Annual administration report of the Civil Veterinary Department of India - 1896-1897
Year: 1896
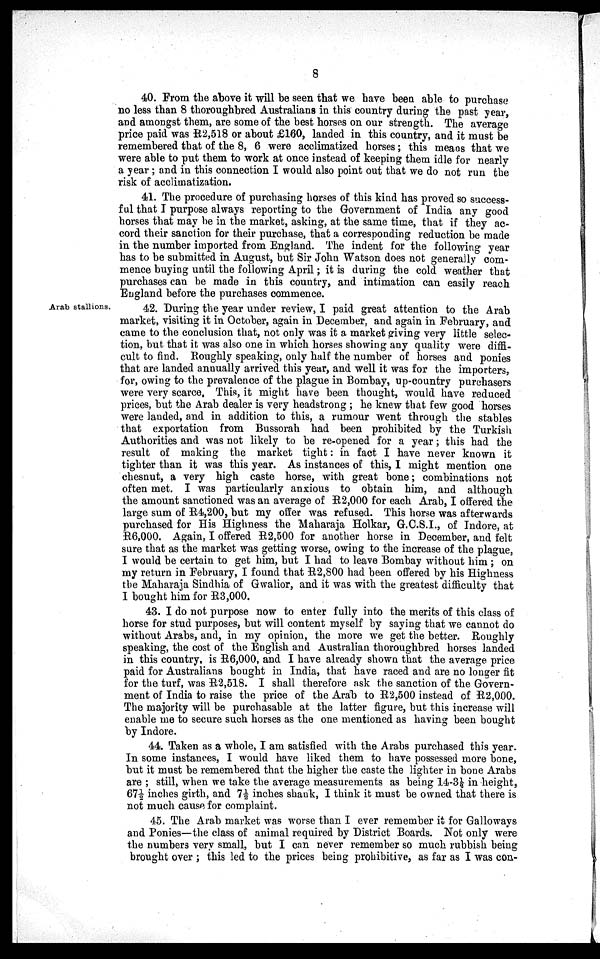
8
40. From the above it will be seen that we have been able to purchase
no less than 8 thoroughbred Australians in this country during the past year,
and amongst them, are some of the best horses on our strength. The average
price paid was R2,5l8 or about £160, landed in this country, and it must be
remembered that of the 8, 6 were acclimatized horses; this means that we
were able to put them to work at once instead of keeping them idle for nearly
a year; and in this connection I would also point out that we do not run the
risk of acclimatization.
41. The procedure of purchasing horses of this kind has proved so success-
ful that I purpose always reporting to the Government of India any good
horses that may be in the market, asking, at the same time, that if they ac-
cord their sanction for their purchase, that a corresponding reduction be made
in the number imported from England. The indent for the following year
has to be submitted in August, but Sir John Watson does not generally com-
mence buying until the following April; it is during the cold weather that
purchases can be made in this country, and intimation can easily reach
England before the purchases commence.
Arab stallions.
42. During the year under review, I paid great attention to the Arab
market, visiting it in October, again in December, and again in February, and
came to the conclusion that, not only was it a market giving very little selec-
tion, but that it was also one in which horses showing any quality were diffi-
cult to find. Roughly speaking, only half the number of horses and ponies
that are landed annually arrived this year, and well it was for the importers,
for, owing to the prevalence of the plague in Bombay, up-country purchasers
were very scarce, This, it might have been thought, would have reduced
prices, but the Arab dealer is very headstrong; he knew that few good horses
were landed, and in addition to this, a rumour went through the stables
that exportation from Bussorah had been prohibited by the Turkish
Authorities and was not likely to be re-opened for a year; this had the
result of making the market tight: in fact I have never known it
tighter than it was this year. As instances of this, I might mention one
chesnut, a very high caste horse, with great bone; combinations not
often met. I was particularly anxious to obtain him, and although
the amount sanctioned was an average of R2,000 for each Arab, I offered the
large sum of R4,200, but my offer was refused. This horse was afterwards
purchased for His Highness the Maharaja Holkar, G.C.S.I., of Indore, at
R6,000. Again, I offered R2,500 for another horse in December, and felt
sure that as the market was getting worse, owing to the increase of the plague,
I would be certain to get him, but I had to leave Bombay without him; on
my return in February, I found that R2,800 had been offered by his Highness
the Maharaja Sindhia of Gwalior, and it was with the greatest difficulty that
I bought him for R3,000.
43. I do not purpose now to enter fully into the merits of this class of
horse for stud purposes, but will content myself by saying that we cannot do
without Arabs, and, in my opinion, the more we get the better. Roughly
speaking, the cost of the English and Australian thoroughbred horses landed
in this country, is R6,000, and I have already shown that the average price
paid for Australians bought in India, that have raced and are no longer fit
for the turf, was R2,518. I shall therefore ask the sanction of the Govern-
ment of India to raise the price of the Arab to R2,500 instead of R2,000.
The majority will be purchasable at the latter figure, but this increase will
enable me to secure such horses as the one mentioned as having been bought
by Indore.
44. Taken as a whole, I am satisfied with the Arabs purchased this year.
In some instances, I would have liked them to have possessed more bone,
but it must be remembered that the higher the caste the lighter in bone Arabs
are; still, when we take the average measurements as being 14-3½ in height,
67½ inches girth, and 7½ inches shank, I think it must be owned that there is
not much cause for complaint.
45. The Arab market was worse than I ever remember it for Galloways
and Ponies—the class of animal required by District Boards. Not only were
the numbers very small, but I can never remember so much rubbish being
brought over; this led to the prices being prohibitive, as far as I was con-